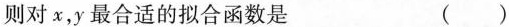
则对x，y最合适的拟合函数是 ( )